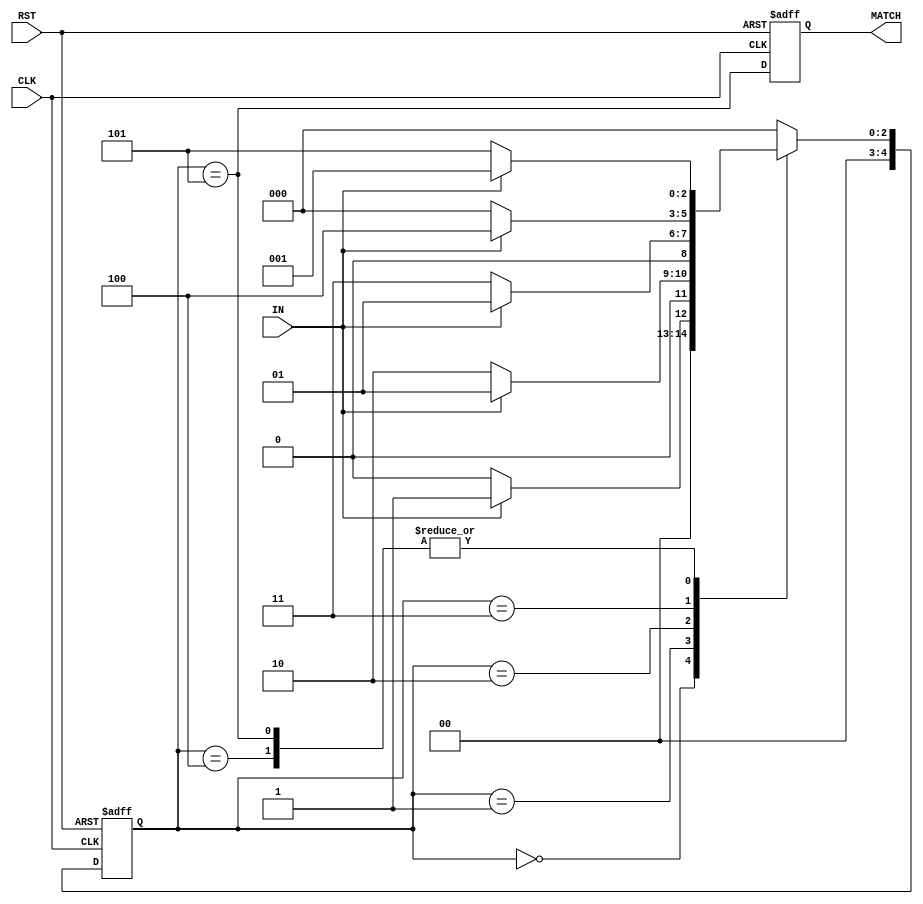
module fsm (
  input IN,
  input CLK,
  input RST,
  output reg MATCH
);

  reg [4:0] state;
  reg [4:0] next_state;

  parameter S0 = 5'b00000; // Initial state
  parameter S1 = 5'b00001; // State after detecting 1
  parameter S2 = 5'b00010; // State after detecting 10
  parameter S3 = 5'b00011; // State after detecting 100
  parameter S4 = 5'b00100; // State after detecting 1001
  parameter S5 = 5'b00101; // State after detecting 10011

  always @(posedge CLK or posedge RST) begin
    if (RST) begin
      MATCH <= 0;
      state <= S0;
    end
    else begin
      state <= next_state;
      MATCH <= (state == S5);
    end
  end

  always @(state or IN) begin
    case (state)
      S0: begin
        if (IN)
          next_state = S1;
        else
          next_state = S0;
      end
      S1: begin
        if (IN)
          next_state = S1;
        else
          next_state = S2;
      end
      S2: begin
        if (IN)
          next_state = S1;
        else
          next_state = S3;
      end
      S3: begin
        if (IN)
          next_state = S4;
        else
          next_state = S0;
      end
      S4: begin
        if (IN)
          next_state = S1;
        else
          next_state = S5;
      end
      S5: begin
        if (IN)
          next_state = S1;
        else
          next_state = S5;
      end
      default: next_state = S0;
    endcase
  end

endmodule